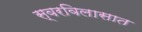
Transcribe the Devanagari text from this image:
स्वरविलासात